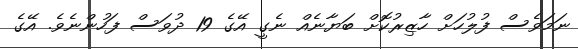
ނަމަވެސް ފުލުހަށް ހާޒިރުކޮށް ބަޔާނެއް ނެގީ އޭގެ 19 ދުވަސް ފަހުންނެވެ. އޭގެ